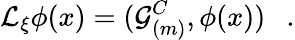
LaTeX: {\cal L}_{\xi}\phi(x)=({\cal G}_{(m)}^{C},\phi(x))~~~.